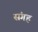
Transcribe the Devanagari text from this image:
संगह